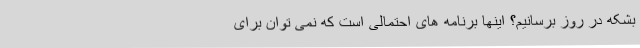
بشکه در روز برسانیم؟ اینها برنامه های احتمالی است که نمی توان برای